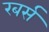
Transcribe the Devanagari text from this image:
रबर्स